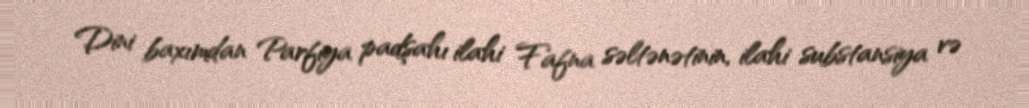
Dini baxımdan Parfiya padşahı ilahi Fafna səltənətinin, ilahi substansiya və